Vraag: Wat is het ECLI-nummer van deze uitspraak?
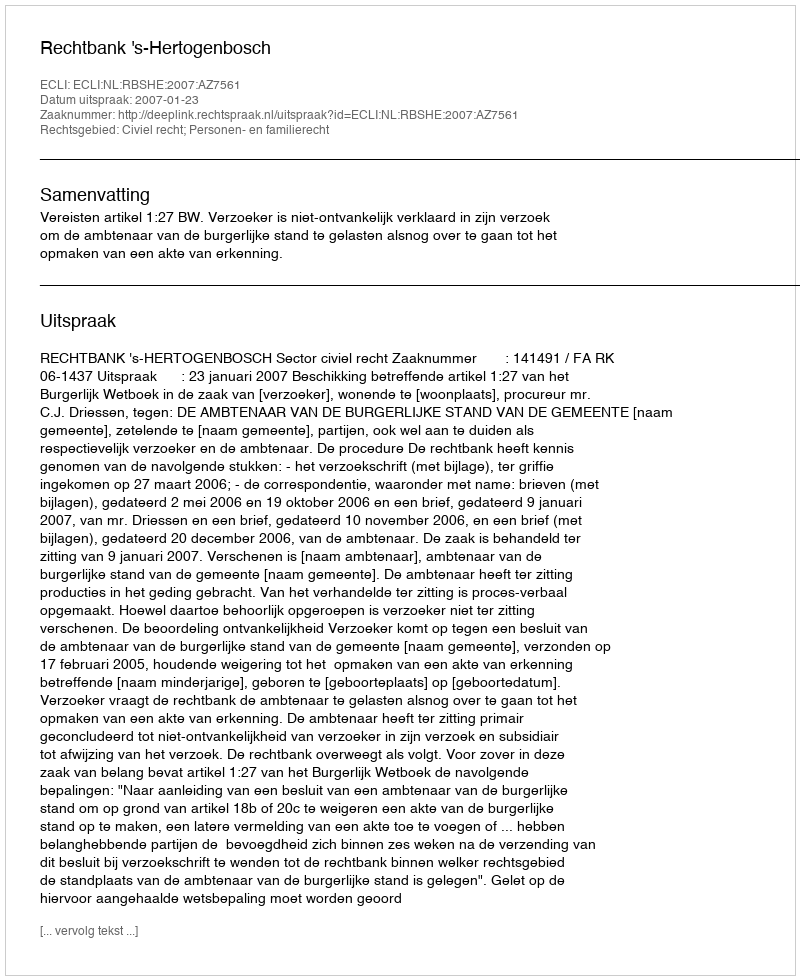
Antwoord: ECLI:NL:RBSHE:2007:AZ7561